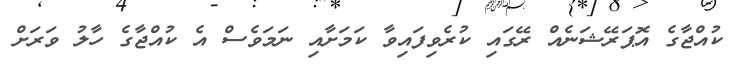
ކުއްޖާގެ އޮޕަރޭޝަނެއް ރޭގައި ކުރެވިފައިވާ ކަމަށާއި ނަމަވެސް އެ ކުއްޖާގެ ހާލު ވަރަށް